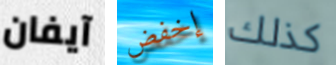
آيفان إخفض كذلك